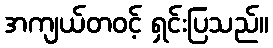
အကျယ်တဝင့် ရှင်းပြသည်။